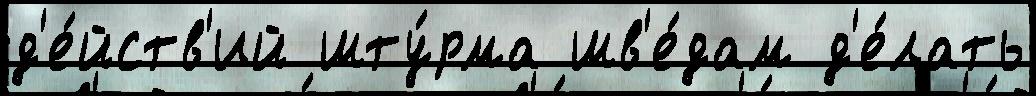
д'е́йств'ий шту́рма шв'е́дам д'е́лать